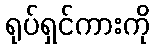
ရုပ်ရှင်ကားကို